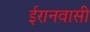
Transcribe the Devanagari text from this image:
ईरानवासी